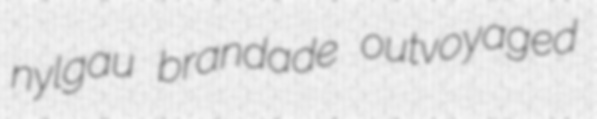
nylgau brandade outvoyaged